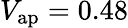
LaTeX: V_{\mathrm{ap}}=0.48